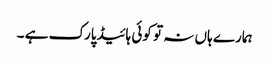
ہمارے ہاں نہ تو کوئی ہائیڈپارک ہے ۔